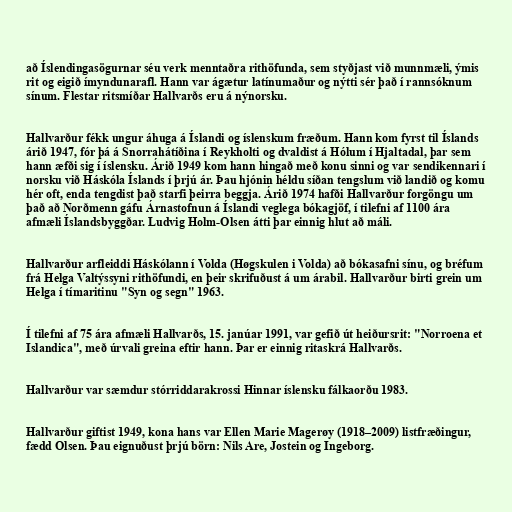
að Íslendingasögurnar séu verk menntaðra rithöfunda, sem styðjast við munnmæli, ýmis
rit og eigið ímyndunarafl. Hann var ágætur latínumaður og nýtti sér það í rannsóknum
sínum. Flestar ritsmíðar Hallvarðs eru á nýnorsku.

Hallvarður fékk ungur áhuga á Íslandi og íslenskum fræðum. Hann kom fyrst til Íslands
árið 1947, fór þá á Snorrahátíðina í Reykholti og dvaldist á Hólum í Hjaltadal, þar sem
hann æfði sig í íslensku. Árið 1949 kom hann hingað með konu sinni og var sendikennari í
norsku við Háskóla Íslands í þrjú ár. Þau hjónin héldu síðan tengslum við landið og komu
hér oft, enda tengdist það starfi þeirra beggja. Árið 1974 hafði Hallvarður forgöngu um
það að Norðmenn gáfu Árnastofnun á Íslandi veglega bókagjöf, í tilefni af 1100 ára
afmæli Íslandsbyggðar. Ludvig Holm-Olsen átti þar einnig hlut að máli.

Hallvarður arfleiddi Háskólann í Volda (Høgskulen i Volda) að bókasafni sínu, og bréfum
frá Helga Valtýssyni rithöfundi, en þeir skrifuðust á um árabil. Hallvarður birti grein um
Helga í tímaritinu "Syn og segn" 1963.

Í tilefni af 75 ára afmæli Hallvarðs, 15. janúar 1991, var gefið út heiðursrit: "Norroena et
Islandica", með úrvali greina eftir hann. Þar er einnig ritaskrá Hallvarðs.

Hallvarður var sæmdur stórriddarakrossi Hinnar íslensku fálkaorðu 1983.

Hallvarður giftist 1949, kona hans var Ellen Marie Magerøy (1918–2009) listfræðingur,
fædd Olsen. Þau eignuðust þrjú börn: Nils Are, Jostein og Ingeborg.